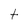
Character: t